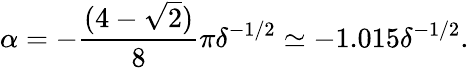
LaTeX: \alpha=-\frac{(4-\sqrt{2})}{8}\pi\delta^{-1/2}\simeq-1.015\delta^{-1/2}.